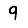
Digit: 9